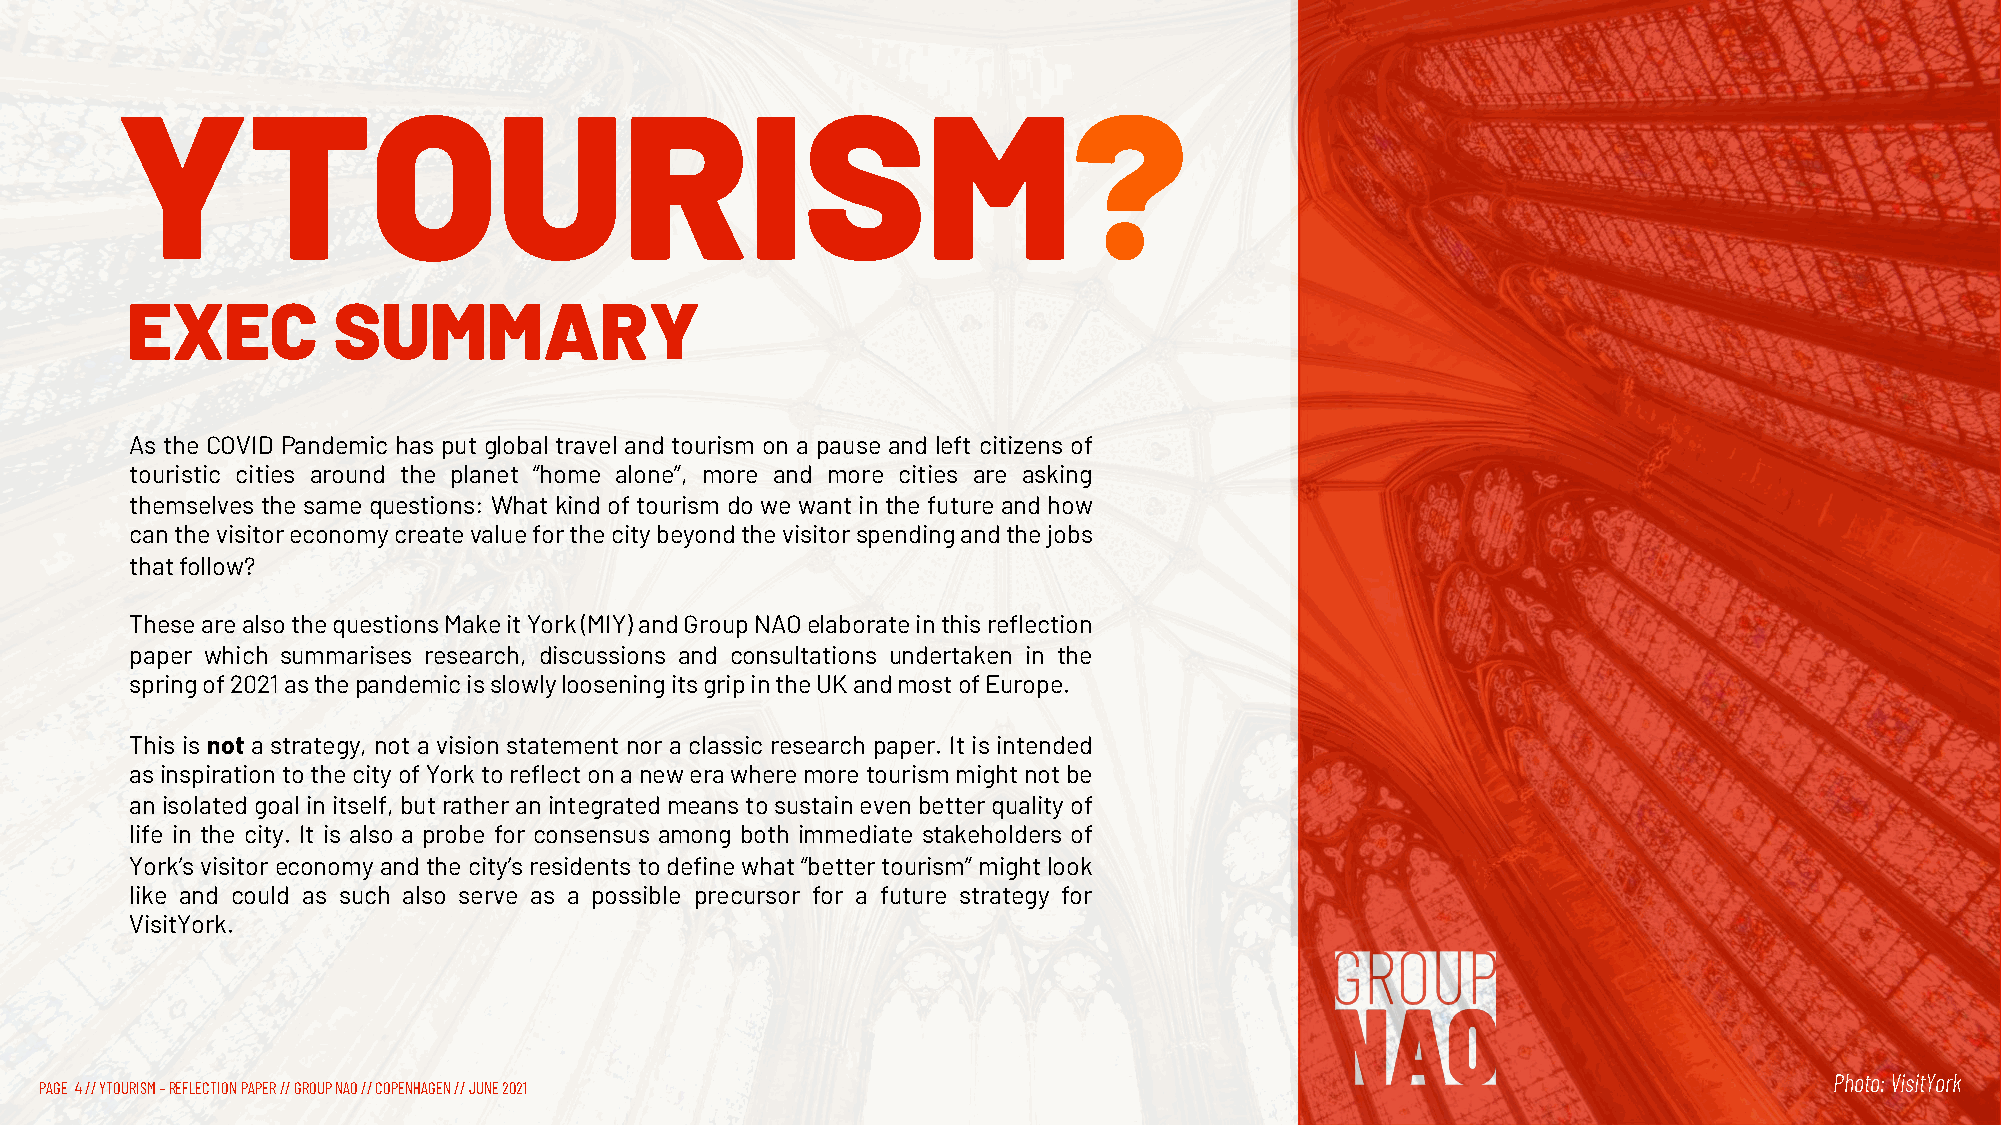
YTOURISM?
 EXEC          SUMMARY
 As the COVID Pandemic has put global travel and tourism on a pause and left citizens of
 touristic cities around the planet “home alone”, more and more cities are asking
 themselves the same questions: What kind of tourism do we want in the future and how
 canthevisitoreconomycreatevalueforthecitybeyondthevisitorspendingandthejobs
 thatfollow?
 ThesearealsothequestionsMakeitYork(MIY)andGroupNAOelaborateinthisreflection
 paper which summarises research, discussions and consultations undertaken in the
 springof2021asthepandemicisslowlylooseningitsgripintheUKandmostofEurope.
 This is not a strategy, not a vision statement nor a classic research paper. It is intended
 asinspirationtothecityofYorktoreflectonanewerawheremoretourismmightnotbe
 an isolatedgoalin itself,butratheran integratedmeanstosustain even betterqualityof
 life in the city. It is also a probe for consensus among both immediate stakeholders of
 York’svisitoreconomyandthecity’sresidentstodefinewhat“bettertourism” mightlook
 like and could as such also serve as a possible precursor for a future strategy for
 VisitYork.
 Photo: VisitYork
 PAGE 4// YTOURISM –REFLECTION PAPER // GROUP NAO // COPENHAGEN // JUNE 2021